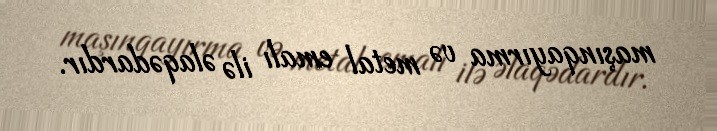
maşınqayırma və metal emalı ilə əlaqədardır.